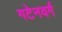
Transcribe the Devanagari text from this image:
गटेनवर्ग